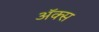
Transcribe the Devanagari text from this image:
अॅक्स